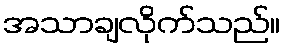
အသာချလိုက်သည်။